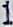
1